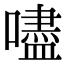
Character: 嚍